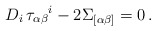
\begin{align*} D_i\,\tau_{\alpha\beta}{}^i -2 \Sigma_{[\alpha\beta]}=0\,.\end{align*}